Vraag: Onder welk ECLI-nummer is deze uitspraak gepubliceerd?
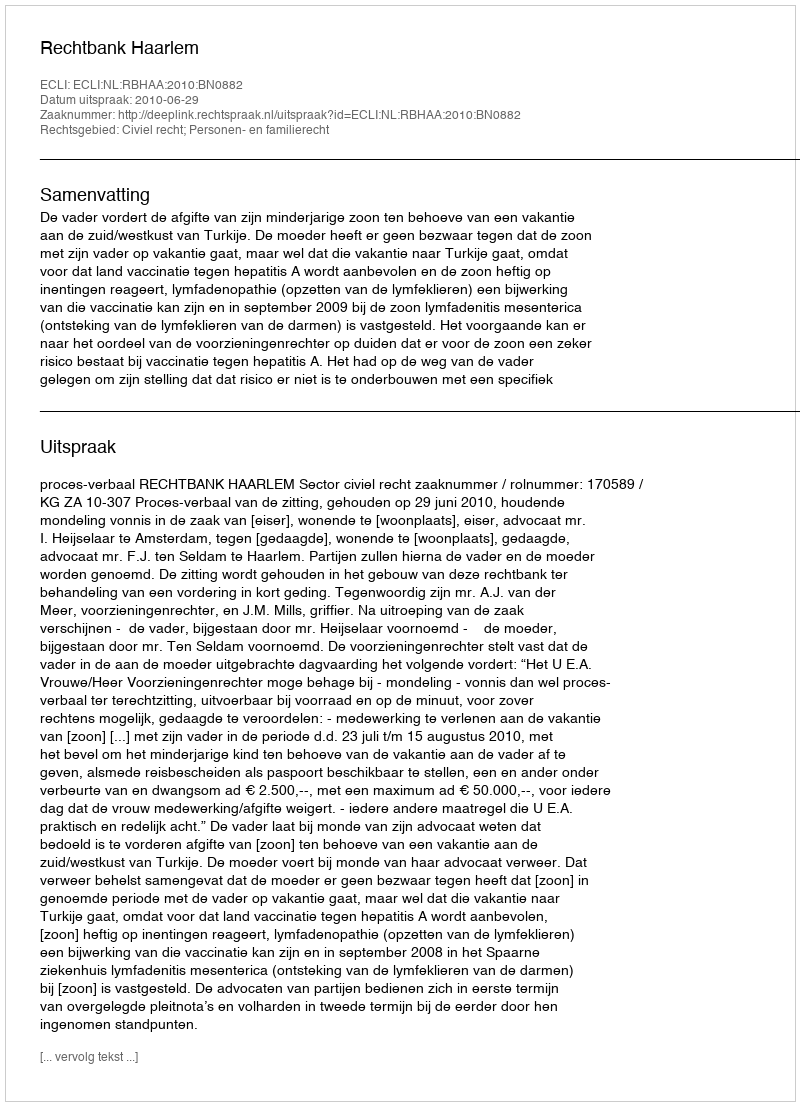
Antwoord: ECLI:NL:RBHAA:2010:BN0882